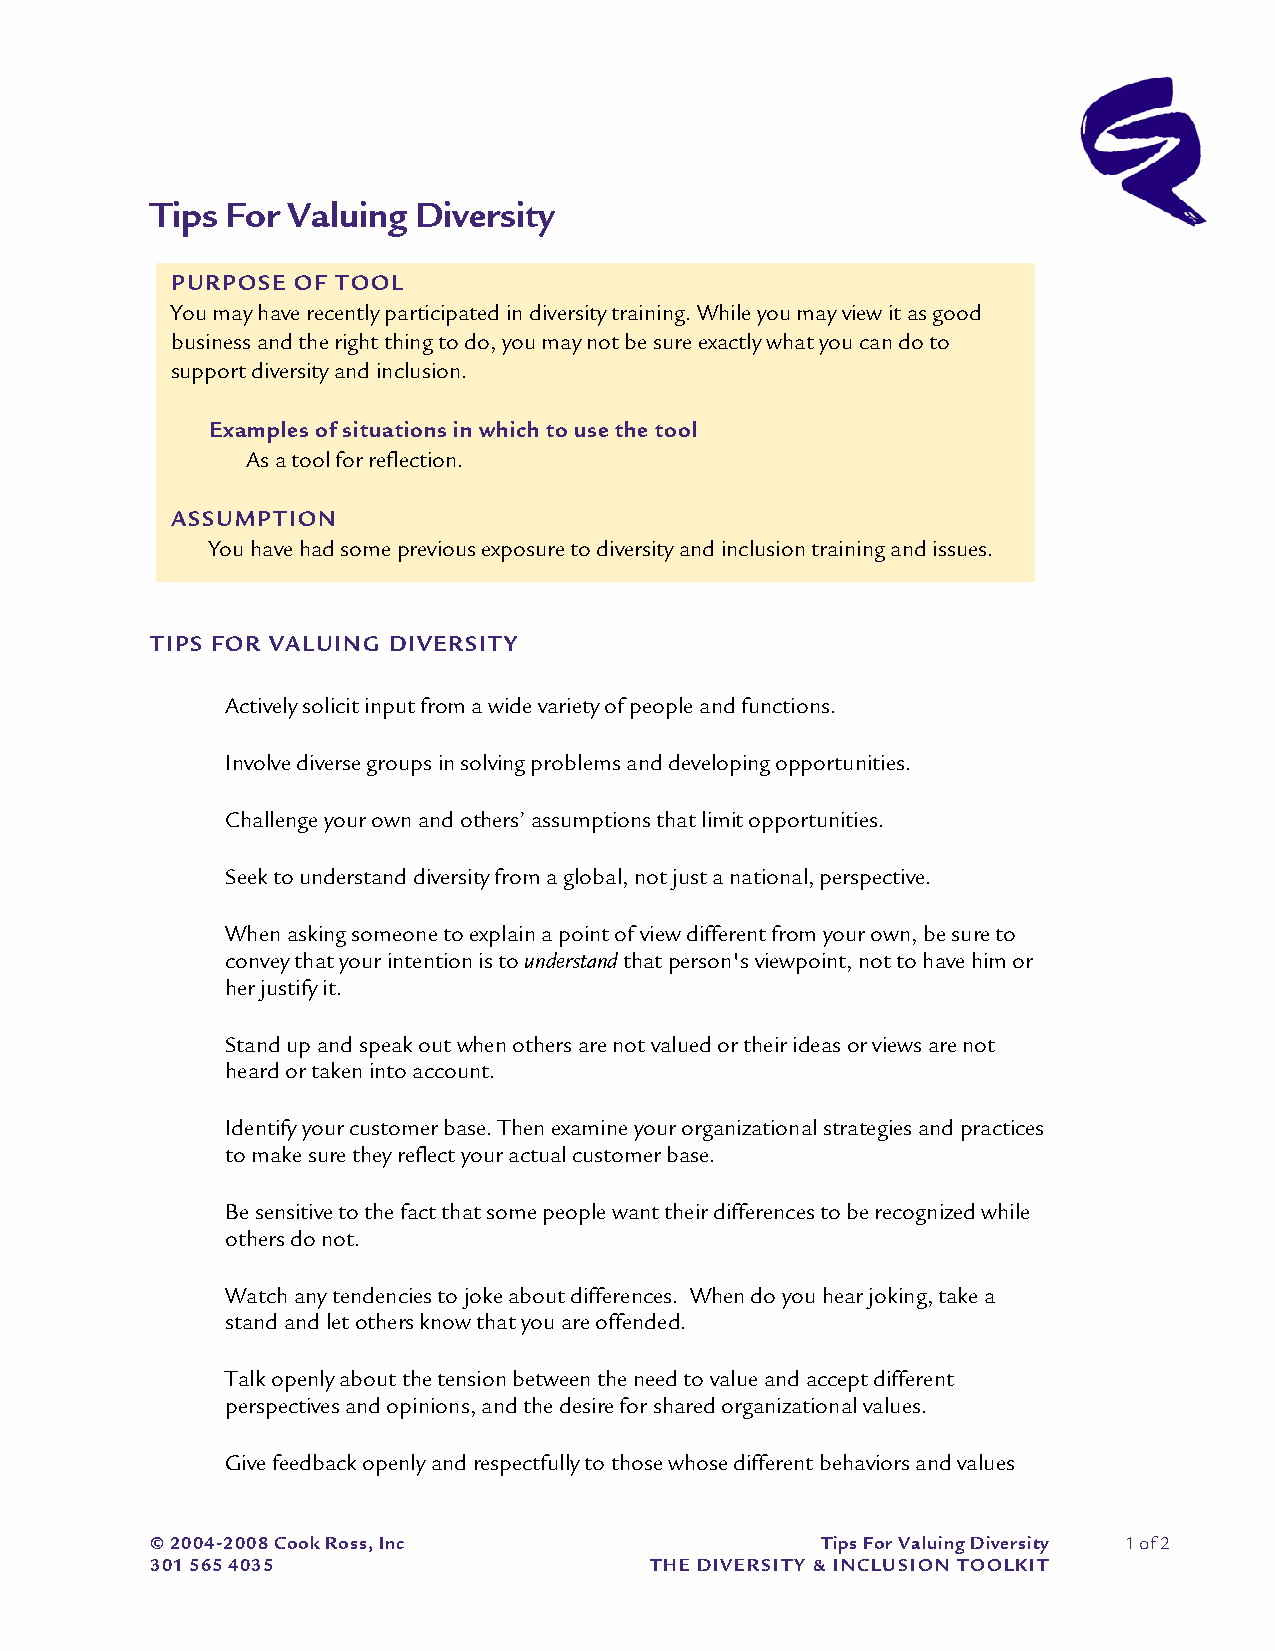
Tips For Valuing Diversity
 PURPOSE OF TOOL
 You may have recently participated in diversity training. While you may view it as good
 business and the right thing to do, you may not be sure exactly what you can do to
 support diversity and inclusion.
 Examples of situations in which to use the tool
 As a tool for reflection.
 ASSUMPTION
 You have had some previous exposure to diversity and inclusion training and issues.
 TIPS FOR VALUING DIVERSITY
 Actively solicit input from a wide variety of people and functions.
 Involve diverse groups in solving problems and developing opportunities.
 Challenge your own and others’ assumptions that limit opportunities.
 Seek to understand diversity from a global, not just a national, perspective.
 When asking someone to explain a point of view different from your own, be sure to
 convey that your intention is to understand that person's viewpoint, not to have him or
 her justify it.
 Stand up and speak out when others are not valued or their ideas or views are not
 heard or taken into account.
 Identify your customer base. Then examine your organizational strategies and practices
 to make sure they reflect your actual customer base.
 Be sensitive to the fact that some people want their differences to be recognized while
 others do not.
 Watch any tendencies to joke about differences. When do you hear joking, take a
 stand and let others know that you are offended.
 Talk openly about the tension between the need to value and accept different
 perspectives and opinions, and the desire for shared organizational values.
 Give feedback openly and respectfully to those whose different behaviors and values
 © 2004-2008 Cook Ross, Inc                  Tips For Valuing Diversity 1 of 2
 301 565 4035                     THE DIVERSITY & INCLUSION TOOLKIT